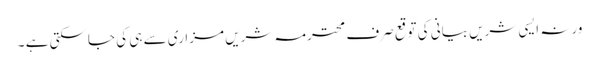
ورنہ ایسی شریں بیانی کی توقع صرف محترمہ شریں مزاری سے ہی کی جاسکتی ہے ۔